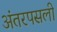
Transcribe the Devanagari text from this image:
अंतरपसली